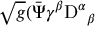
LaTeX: \sqrt { g } ( { \bar { \Psi } \gamma ^ { \beta } } \mathrm { D } ^ { \alpha } { } _ { \beta }